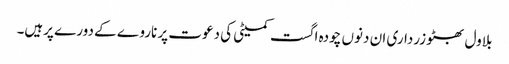
بلاول بھٹو زرداری ان دنوں چودہ اگست کمیٹی کی دعوت پر ناروے کے دورے پرہیں۔